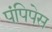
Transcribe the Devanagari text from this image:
पंपिपेस